Annual report of the Imperial Bacteriologist
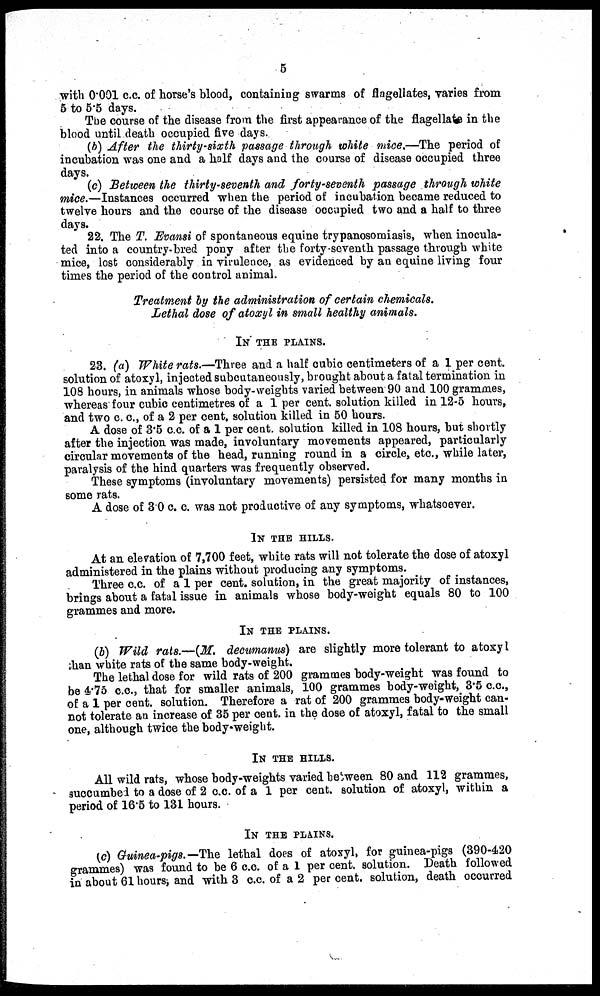
5
with 0.001 c.c. of horse's blood, containing swarms of flagellates, varies from
5 to 5.5 days.
The course of the disease from the first appearance of the flagellate in the
blood until death occupied five days.
(b) After the thirty-sixth passage through white mice.—The period of
incubation was one and a half days and the course of disease occupied three
days.
(c) Between the thirty-seventh and forty-seventh passage through white
mice.—Instances occurred when the period of incubation became reduced to
twelve hours and the course of the disease occupied two and a half to three
days.
22. The T. Evansi of spontaneous equine trypanosomiasis, when inocula-
ted into a country-bred pony after the forty-seventh passage through white
mice, lost considerably in virulence, as evidenced by an equine living four
times the period of the control animal.
Treatment by the administration of certain chemicals.
Lethal dose of atoxyl in small healthy animals.
IN THE PLAINS.
23. (a) White rats.—Three and a half cubic centimeters of a 1 per cent.
solution of atoxyl, injected subcutaneously, brought about a fatal termination in
108 hours, in animals whose body-weights varied between 90 and 100 grammes,
whereas four cubic centimetres of a 1 per cent. solution killed in 12-5 hours,
and two c. c., of a 2 per cent. solution killed in 50 hours.
A dose of 3.5 c.c. of a 1 per cent. solution killed in 108 hours, but shortly
after the injection was made, involuntary movements appeared, particularly
circular movements of the head, running round in a circle, etc., while later,
paralysis of the hind quarters was frequently observed.
These symptoms (involuntary movements) persisted for many months in
some rats.
A dose of 3.0 c. c. was not productive of any symptoms, whatsoever.
IN THE HILLS.
At an elevation of 7,700 feet, white rats will not tolerate the dose of atoxyl
administered in the plains without producing any symptoms.
Three c.c. of a 1 per cent. solution, in the great majority of instances,
brings about a fatal issue in animals whose body-weight equals 80 to 100
grammes and more.
IN THE PLAINS.
(b) Wild rats.—(M. decumanus) are slightly more tolerant to atoxyl
than white rats of the same body-weight.
The lethal dose for wild rats of 200 grammes body-weight was found to
be 4.75 c.c., that for smaller animals, 100 grammes body-weight, 3.5 c.c.,
of a 1 per cent. solution. Therefore a rat of 200 grammes body-weight can-
not tolerate an increase of 35 per cent. in the dose of atoxyl, fatal to the small
one, although twice the body-weight.
IN THE HILLS.
All wild rats, whose body-weights varied between 80 and 112 grammes,
succumbed to a dose of 2 c.c. of a 1 per cent. solution of atoxyl, within a
period of 16.5 to 131 hours.
IN THE PLAINS.
(c) Guinea-pigs.—The lethal does of atoxyl, for guinea-pigs (390-420
grammes) was found to be 6 c.c. of a 1 per cent. solution. Death followed
in about 61 hours, and with 3 c.c. of a 2 per cent. solution, death occurred